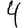
Digit: 4